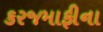
કરજમાફીના